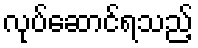
လုပ်ဆောင်ရသည့်